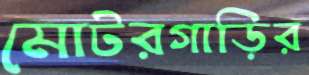
মোটরগাড়ির